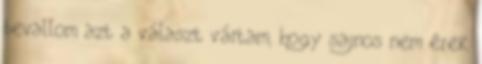
bevallom azt a választ vártam, hogy sajnos nem érek